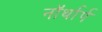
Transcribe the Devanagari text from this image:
नॉर्थार्प